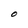
Character: O